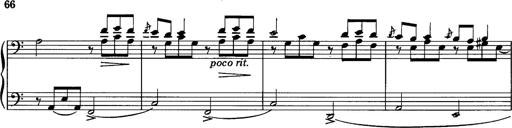
Title: La romanesca
Composer: Franz Liszt